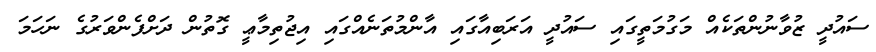
ސައުދީ ޒުވާނުންތަކެއް މަގުމަތީގައި ސައުދީ އަރަބިއާގައި އާންމުތަނެއްގައި އިޖުތިމާޢީ ގޮތުން ދަށްފެންވަރުގެ ނަހަމަ